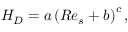
H _ { D } = a \left( R e _ { s } + b \right) ^ { c } ,